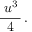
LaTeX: { \frac { \; u ^ { 3 } \, } { 4 } } \, .